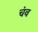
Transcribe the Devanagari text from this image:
चंव